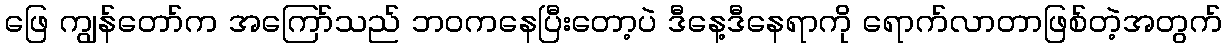
ဖြေ ကျွန်တော်က အကြော်သည် ဘဝကနေပြီးတော့ပဲ ဒီနေ့ဒီနေရာကို ရောက်လာတာဖြစ်တဲ့အတွက်